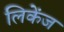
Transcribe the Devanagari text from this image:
लिकेंज